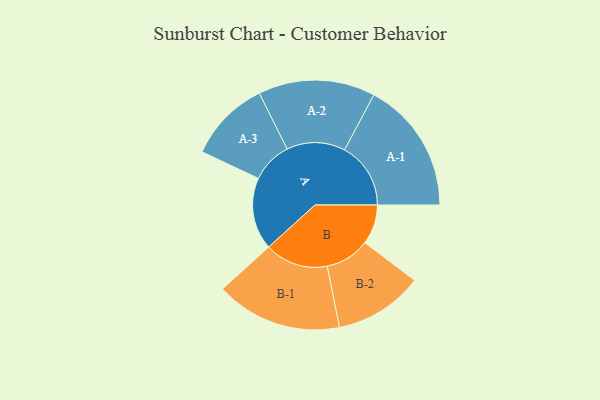
{"axis": {"x": "Segment", "y": "Value"}, "legend": ["", "A", "B"], "data": [{"x": "A", "y": 269, "type": ""}, {"x": "B", "y": 148, "type": ""}, {"x": "A-1", "y": 247, "type": "A"}, {"x": "A-2", "y": 218, "type": "A"}, {"x": "A-3", "y": 153, "type": "A"}, {"x": "B-1", "y": 236, "type": "B"}, {"x": "B-2", "y": 166, "type": "B"}]}